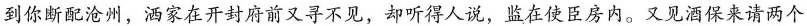
到你断配沧州，洒家在开封府前又寻不见，却听得人说，监在使臣房内。又见酒保来请两个